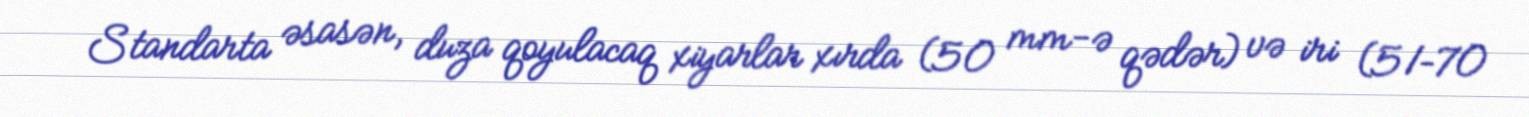
Standarta əsasən, duza qoyulacaq xiyarlar xırda (50 mm-ə qədər) və iri (51–70